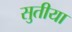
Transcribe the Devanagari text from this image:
सुतीया